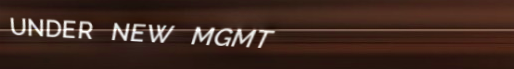
UNDER NEW MGMT